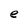
Character: e